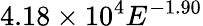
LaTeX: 4.18\times 10^{4}E^{-1.90}